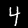
Digit: 4